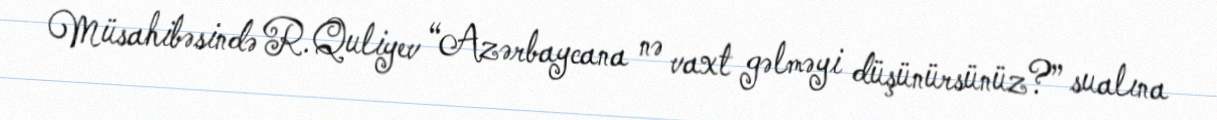
Müsahibəsində R.Quliyev “Azərbaycana nə vaxt gəlməyi düşünürsünüz?” sualına